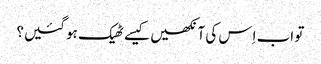
‏ تو اب اِس کی آنکھیں کیسے ٹھیک ہو گئیں؟